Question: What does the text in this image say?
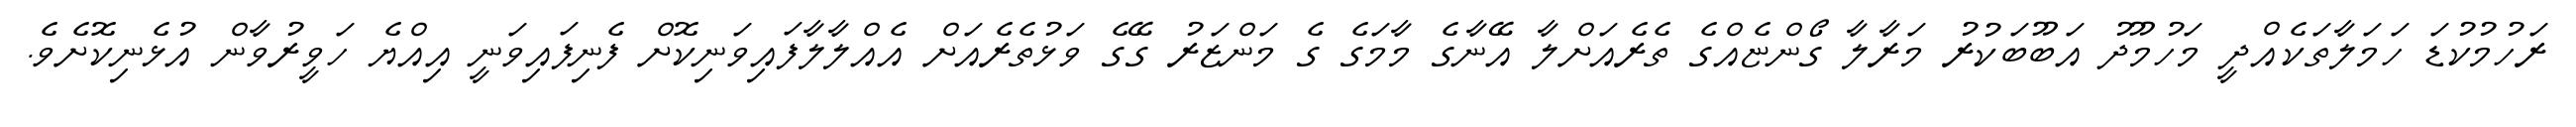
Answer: ރަހުމުކުޑަ ހަމަލާތަކެއްދީ މަހުމޫދު އަބޫބަކުރު މަރާލާ ގޯންޏެއްގެ ތެރެއަށްލާ އޭނާގެ މާމަގެ ގެ މަންޒަރު ގޭގެ ވަޅުތެރެއަށް އެއްލާލާފައިވަނިކޮށް ފެނިފައިވަނީ އިއްޔެ ހަވީރުވާން އުޅެނިކޮށެވެ.